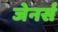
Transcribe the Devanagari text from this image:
जेनर्स